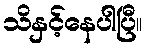
သိနှင့်နေပါပြီ။